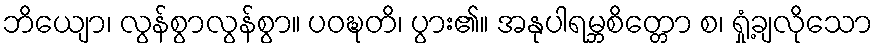
ဘိယျော၊ လွန်စွာလွန်စွာ။ ပဝဍ္ဎတိ၊ ပွား၏။ အနုပါရမ္ဘစိတ္တော စ၊ ရှုံ့ချလိုသော